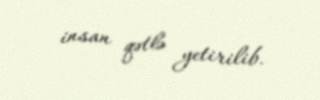
insan qətlə yetirilib.